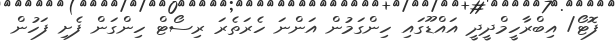
ފޮޓޯ/ އިބްރާހީމްދީދީ އައްޑޫގައި ހިންގަމުން އަންނަ ހެރަތެެރަ ރިސޯޓް ހިންގަން ފެށި ފަހުން